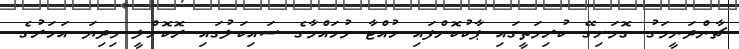
ޗާންދަނީމަގު ގޮމަށިގޭ ކުރިމަތީގައި ޕާކުކޮށްފައި ހުއްޓާ މުހައްމާގެ ސައިކަލުގައި ރޮކޮށްލީ މިދިޔަ އަހަރުގެ